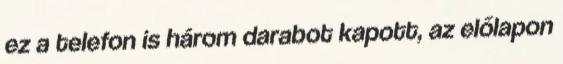
ez a telefon is három darabot kapott, az előlapon